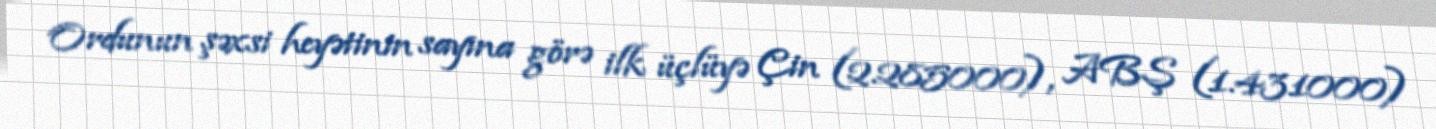
Ordunun şəxsi heyətinin sayına görə ilk üçlüyə Çin (2.285000), ABŞ (1.431000)